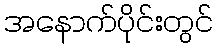
အနောက်ပိုင်းတွင်